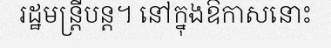
រដ្ឋមន្ត្រីបន្ត។ នៅក្នុងឱកាសនោះ